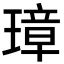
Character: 璋